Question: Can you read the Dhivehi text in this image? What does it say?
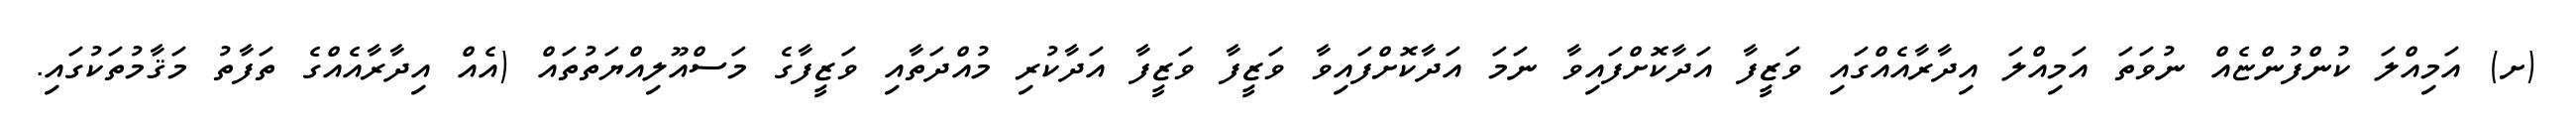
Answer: (ށ) އަމިއްލަ ކުންފުންޏެއް ނުވަތަ އަމިއްލަ އިދާރާއެއްގައި ވަޒީފާ އަދާކޮށްފައިވާ ނަމަ އަދާކޮށްފައިވާ ވަޒީފާ ވަޒީފާ އަދާކުރި މުއްދަތާއި ވަޒީފާގެ މަސްއޫލިއްޔަތުތައް (އެއް އިދާރާއެއްގެ ތަފާތު މަޤާމުތަކުގައި.